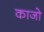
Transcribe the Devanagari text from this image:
काजो